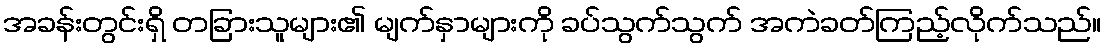
အခန်းတွင်းရှိ တခြားသူများ၏ မျက်နှာများကို ခပ်သွက်သွက် အကဲခတ်ကြည့်လိုက်သည်။